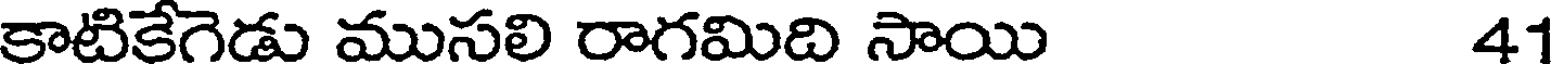
కాటికేగెడు ముసలి రాగమిది సాయి 41